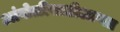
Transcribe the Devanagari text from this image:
आंघोळीसाठीआणत